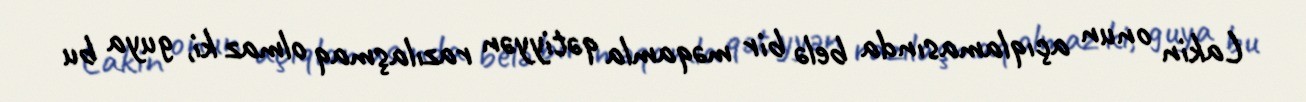
Lakin onun açıqlamasında belə bir məqamla qətiyyən razılaşmaq olmaz ki, guya bu